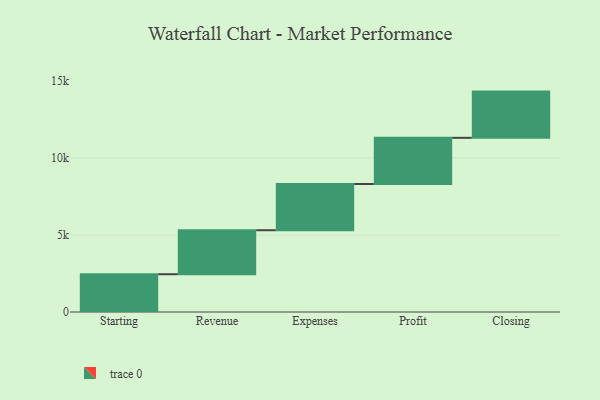
{"axis": {"x": "Step", "y": "Value"}, "legend": [""], "data": [{"x": "Starting", "y": 2452.0, "type": ""}, {"x": "Revenue", "y": 2857.0, "type": ""}, {"x": "Expenses", "y": 3000, "type": ""}, {"x": "Profit", "y": 3000, "type": ""}, {"x": "Closing", "y": 3000, "type": ""}]}